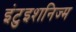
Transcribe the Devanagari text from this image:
इंटुइशनिज्म